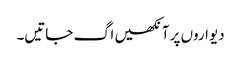
دیواروں پر آنکھیں اگ جاتیں۔